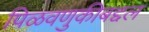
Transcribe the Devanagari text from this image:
पिळवणुकीबद्दल